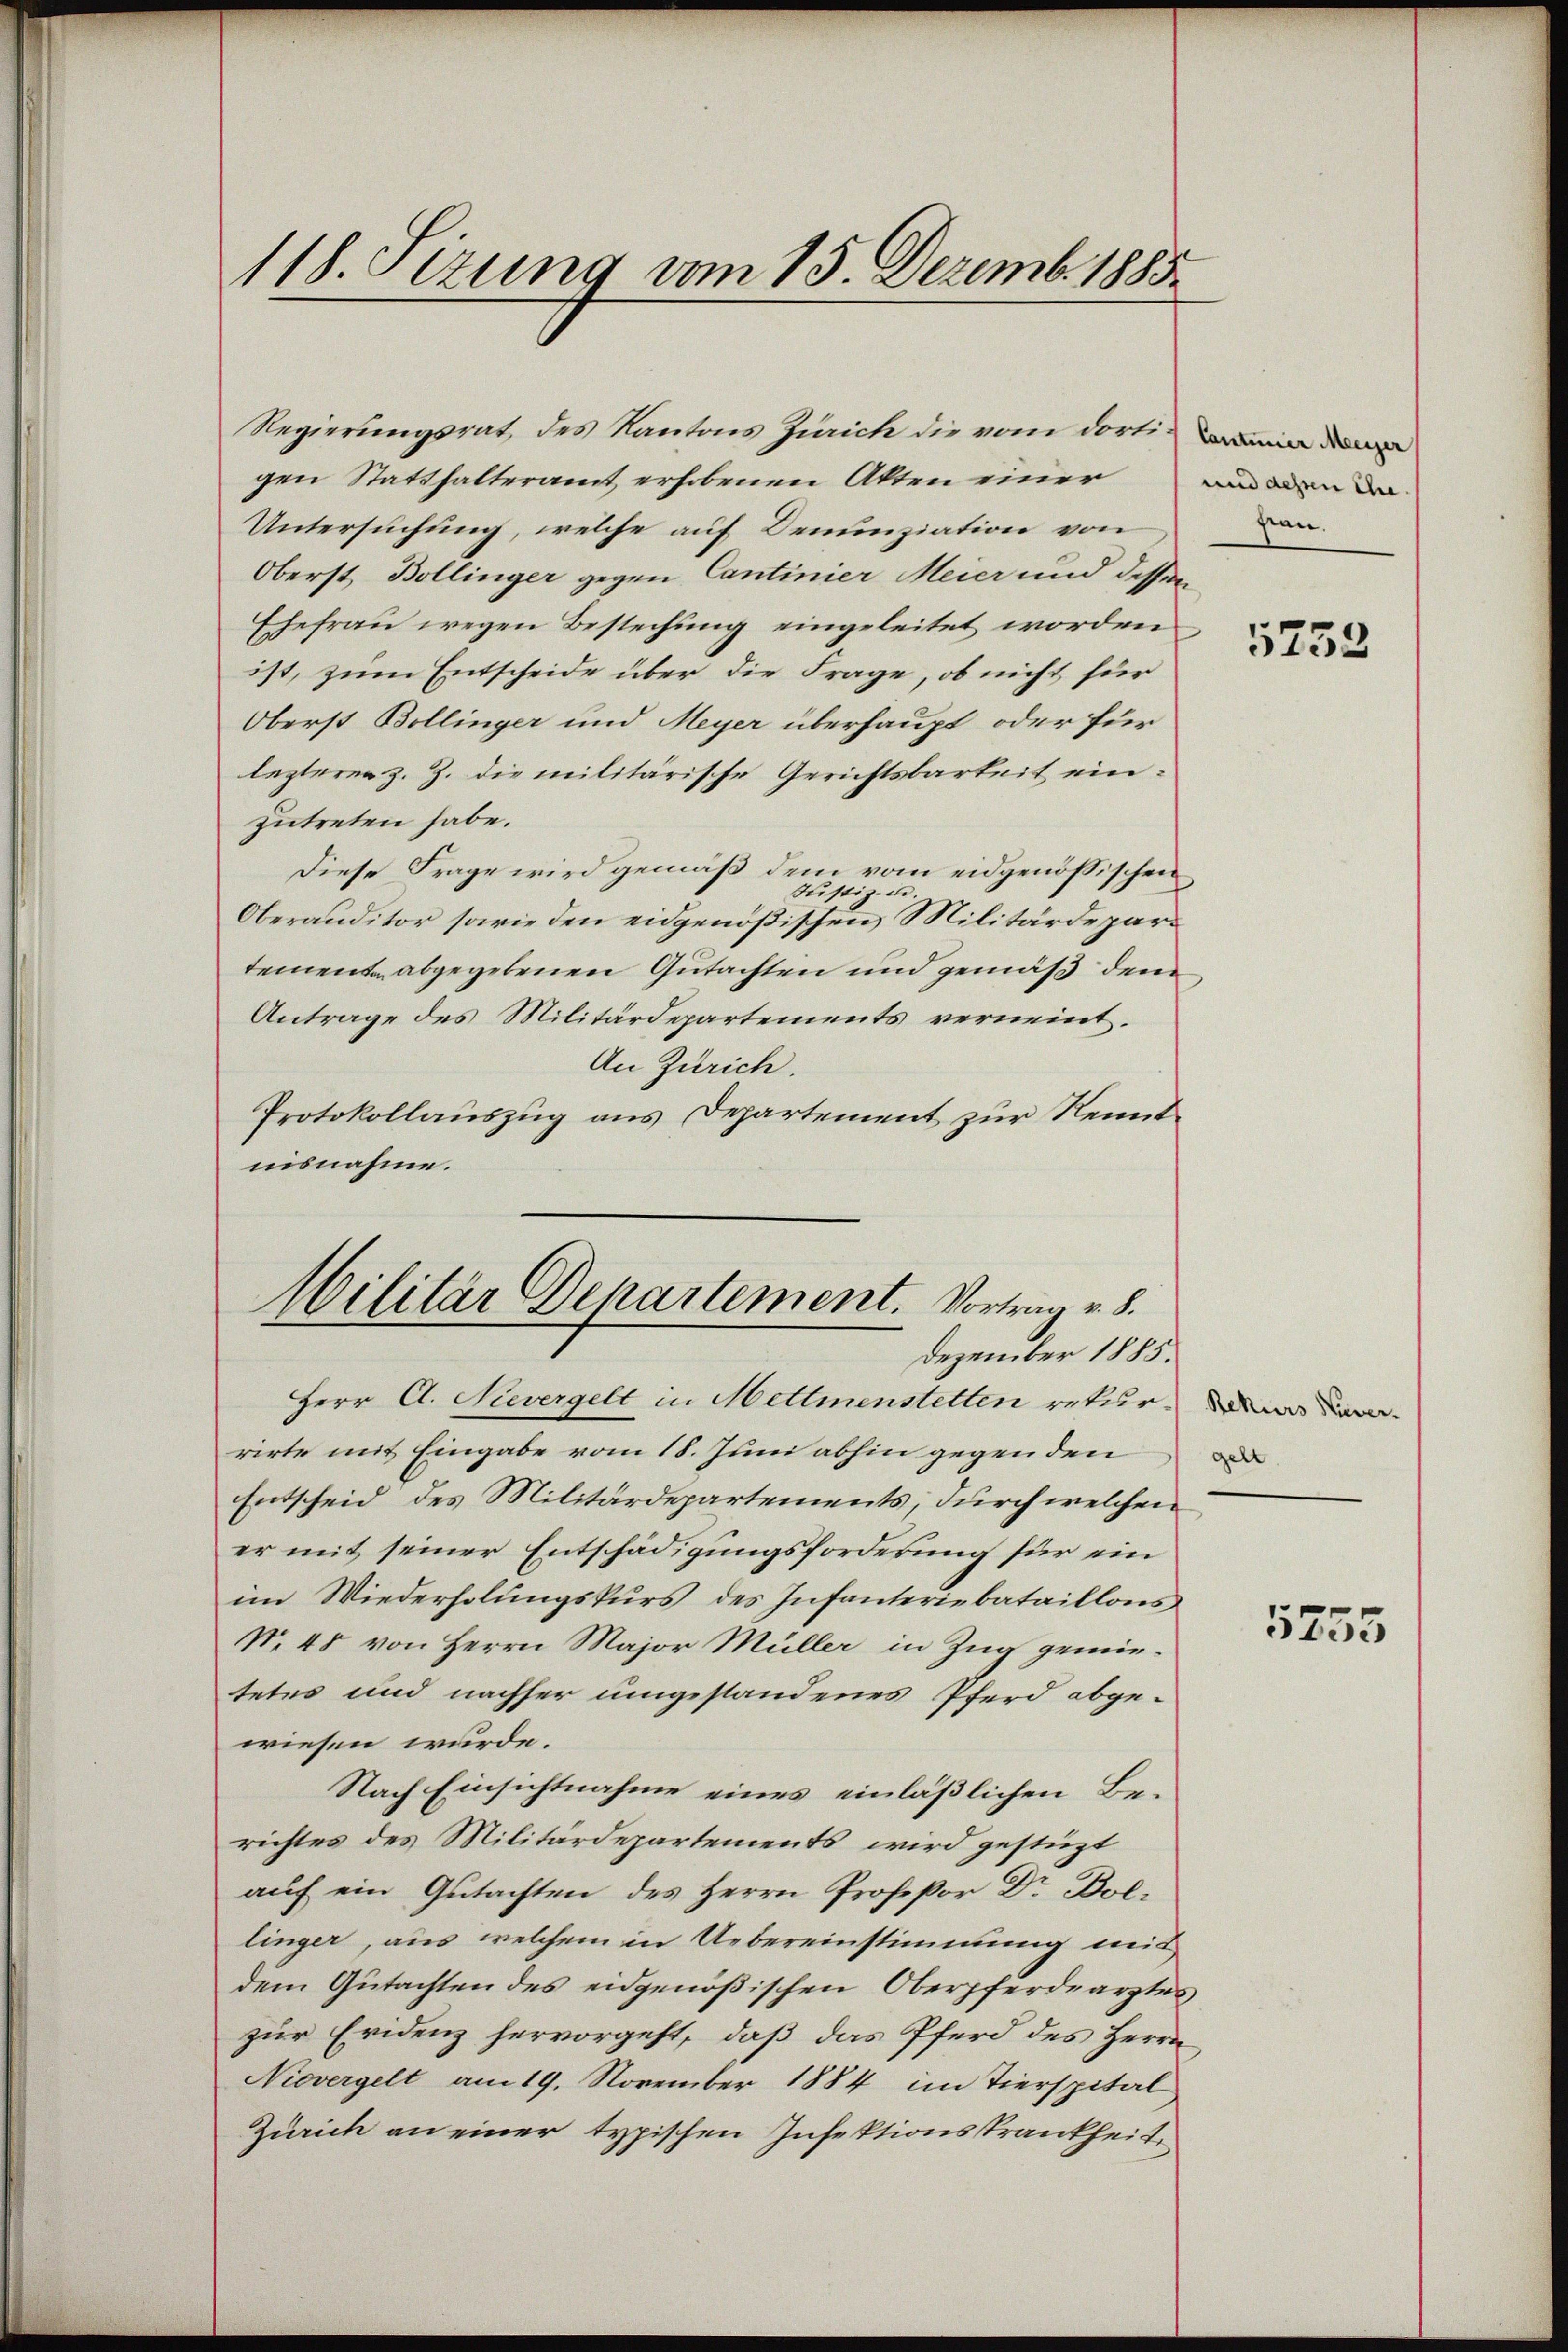
118. Sezung vom 15. Dezemb. 1885.

gen Statthalteramt erhobenen Akten einer
Untersuchung, welche auf Denunziation von
Oberst Bollinger gegen Cantinier Meier und dessen
Ehefrau wegen Bestechung eingeleitet worden
ist, zum Entscheide über die Frage, ob nicht für
Oberst Bollinger und Meyer überhaupt oder für
lezterer z. Z. die militärische Gerichtsbarkeit einzutreten habe.
Diese Frage wird gemäß dem vom eidgenößischen
Justiz- un
Oberauditor sowie den eidgenößischen Militärdepartemente abgegebenen Gutachten und gemäß dem
Antrage des Militärdepartements verneint.
An Zürich.
Protokollauszug aus Departement zur Kenntnisnahme.
Herr A. Sievergelt in Mettmenstetten rekurrirte mit Eingabe vom 18. Juni abhin gegen den
Entscheid des Militärdepartements, durch welchen
er mit seiner Entschädigungsforderung für ein
im Wiederholungskurs des Infanteriebataillons
No. 48 von Herrn Major Müller in Zug gemietetes und nachher umgestandenes Pferd abgewiesen würde.
Nach Einsichtnahme eines einläßlichen Berichtes des Militärdepartements, wird gestüzt
auf ein Gutachten des Herrn Profeßor Dr Bollinger, aus welchem in Uebereinstimmung mit
dem Gutachten des eidgenößischen Oberpferdearztes
zur Evidenz hervorgeht, daß das Pferd des Herrn
Nievergelt am 19. November 1884 im Tierspital
Zürich an einer typischen Insektionskrankheit,

Regierungsrat des Kantons Zürich die vom dorti¬

Militär Departement. Vortrag v. 8.
Dezember 1885.

und dessen ihre
san.

5752

gelt

5753